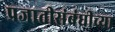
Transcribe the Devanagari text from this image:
प्रजातीसंबंधीच्या